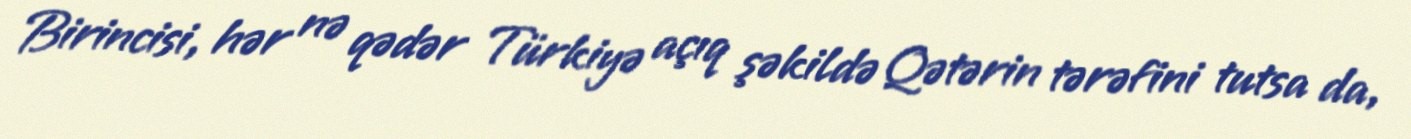
Birincisi, hər nə qədər Türkiyə açıq şəkildə Qətərin tərəfini tutsa da,